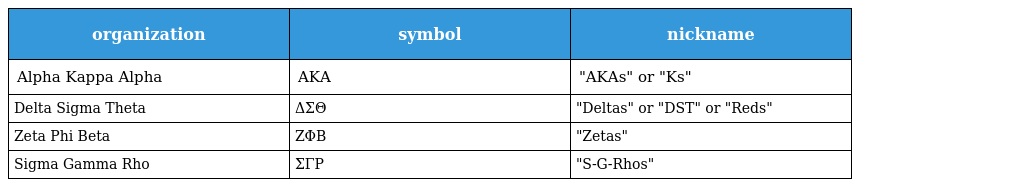
| organization | symbol | nickname |
 | --- | --- | --- |
 | Alpha Kappa Alpha | ΑΚΑ | "AKAs" or "Ks" |
 | Delta Sigma Theta | ΔΣΘ | "Deltas" or "DST" or "Reds" |
 | Zeta Phi Beta | ΖΦΒ | "Zetas" |
 | Sigma Gamma Rho | ΣΓΡ | "S-G-Rhos" |